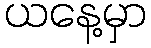
ယနေ့မှာ